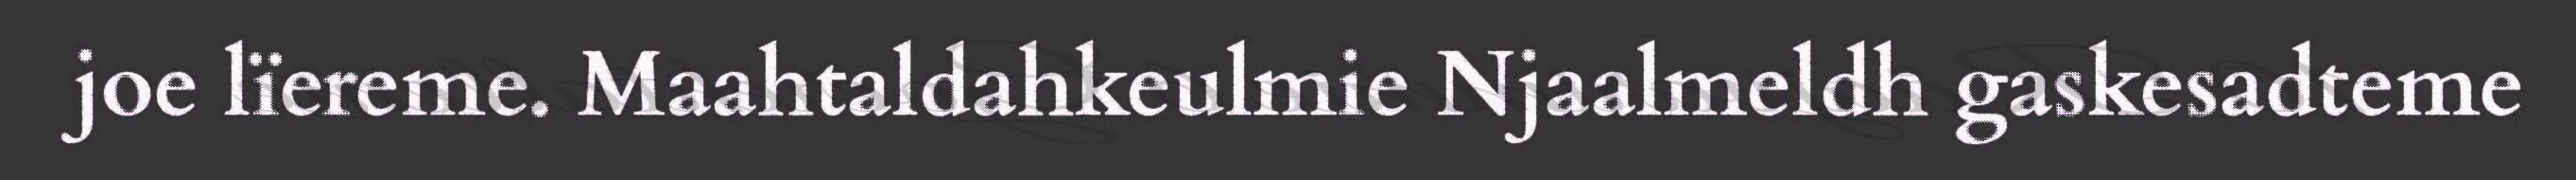
joe lïereme. Maahtaldahkeulmie Njaalmeldh gaskesadteme